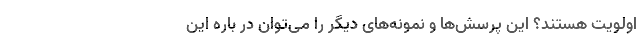
اولویت هستند؟ این پرسش‌ها و نمونه‌های دیگر را می‌توان در باره این